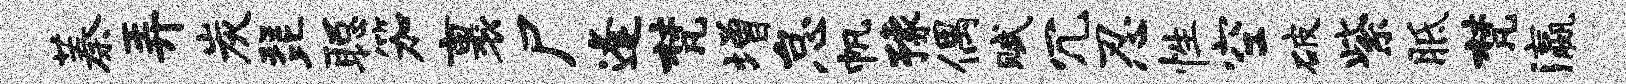
蓁弄炭琵聪笳裹尸逢梵增怠帆豫偶赋冗忍性空破紫胝梵瀛